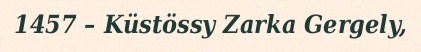
1457 – Küstössy Zarka Gergely,